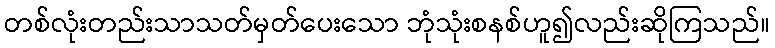
တစ်လုံးတည်းသာသတ်မှတ်ပေးသော ဘုံသုံးစနစ်ဟူ၍လည်းဆိုကြသည်။